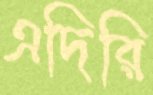
এদিরি